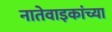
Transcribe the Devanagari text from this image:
नातेवाइकांच्या